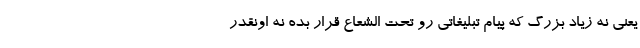
یعنی نه زیاد بزرگ که پیام تبلیغاتی رو تحت الشعاع قرار بده نه اونقدر